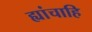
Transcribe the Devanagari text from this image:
ह्यांचाहि